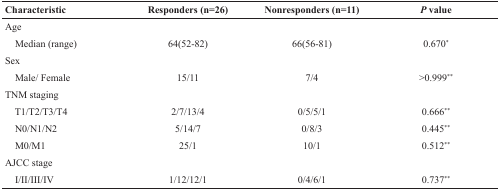
| Characteristic | Responders (n=26) | Nonresponders (n=11) | P value |
 | --- | --- | --- | --- |
 | Age |  |  |  |
 | Median (range) | 64(52-82) | 66(56-81) | 0.670* |
 | Sex |  |  |  |
 | Male/ Female | 15/11 | 7/4 | >0.999** |
 | TNM staging |  |  |  |
 | T1/T2/T3/T4 | 2/7/13/4 | 0/5/5/1 | 0.666** |
 | N0/N1/N2 | 5/14/7 | 0/8/3 | 0.445** |
 | M0/M1 | 25/1 | 10/1 | 0.512** |
 | AJCC stage |  |  |  |
 | I/II/III/IV | 1/12/12/1 | 0/4/6/1 | 0.737** |